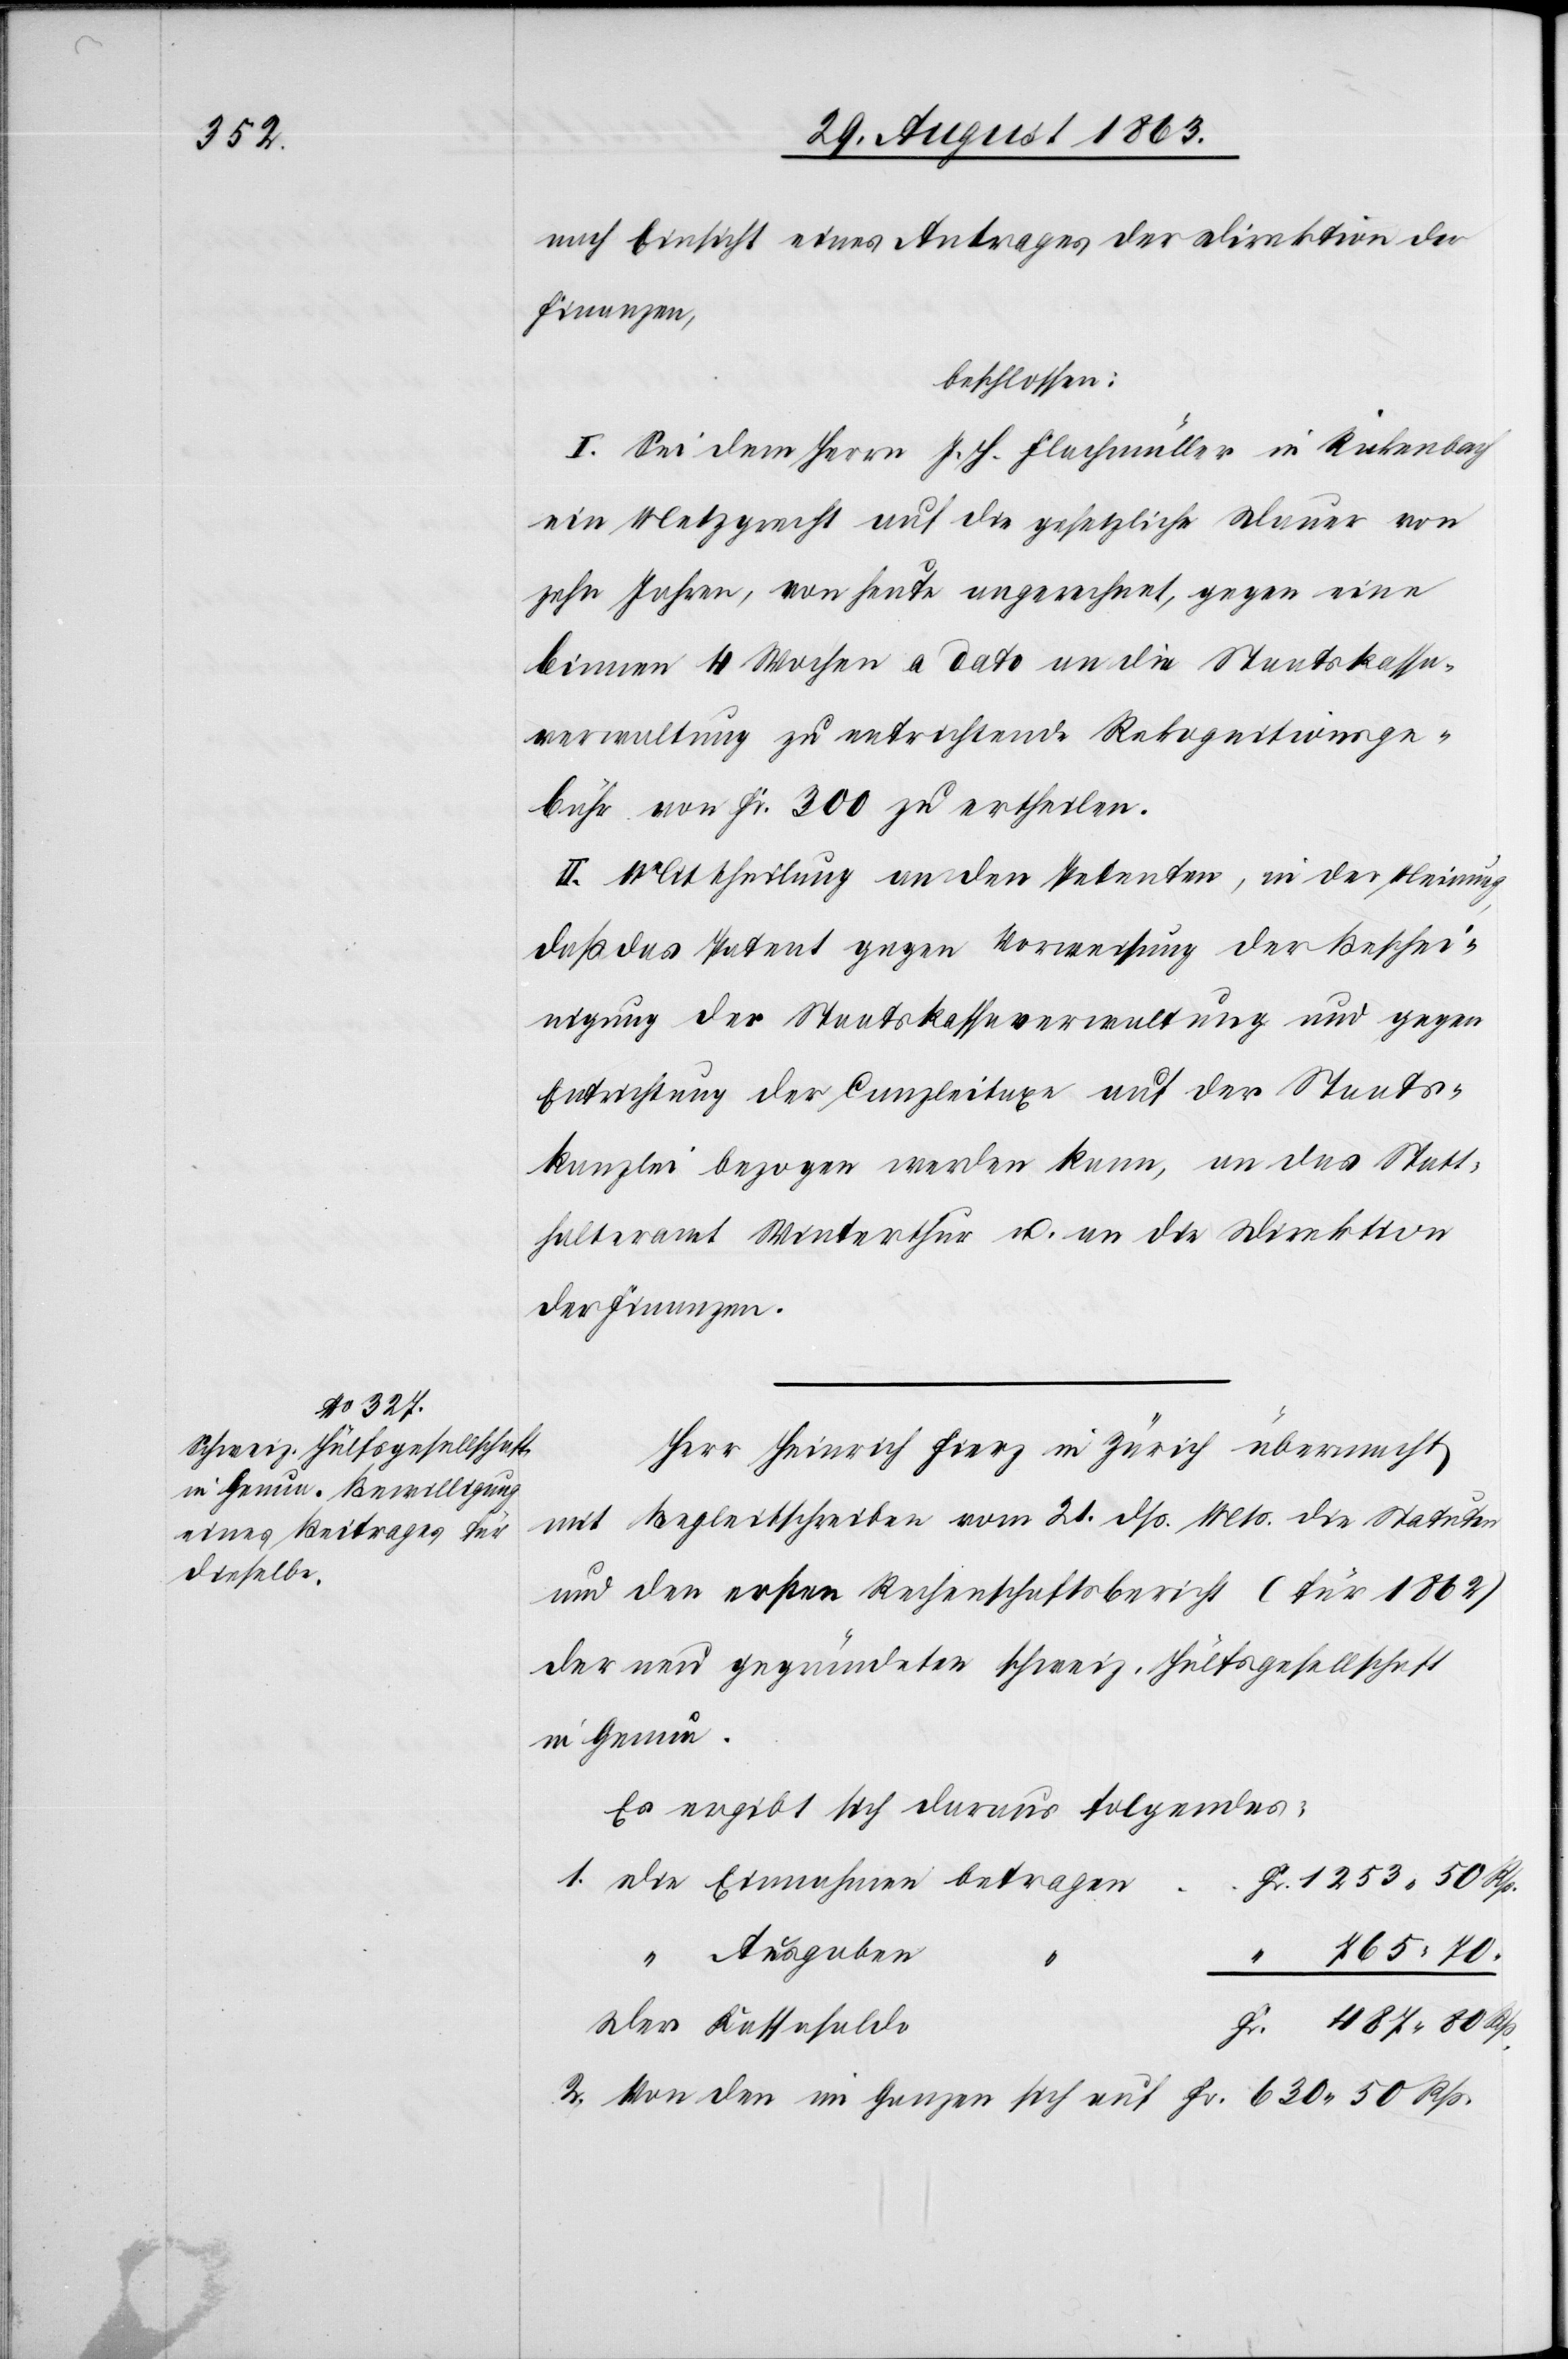
Fr.

nach Einsicht eines Antrages der Direktion der
Finanzen,
beschlossen:
I. Sei dem Herrn J. H. Flachmüller in Rickenbach
ein Metzgrecht auf die gesetzliche Dauer von
zehn Jahren, von heute angerechnet, gegen eine
binnen 4 Wochen a dato an die Staatskassa¬
verwaltung zu entrichtende Rekognitionsge¬
bühr von Fr. 300 zu ertheilen.
II. Mittheilung an den Petenten, in der Meinung,
daß das Patent gegen Vorweisung der Beschei¬
nigung der Staatskassaverwaltung und gegen
Entrichtung der Canzleitaxe auf der Staats¬
kanzlei bezogen werden kann, an das Statt¬
halteramt Winterthur u. an die Direktion
der Finanzen.
Herr Heinrich Fierz in Zürich übermacht
Begleitschreiben vom 21. dß. Mts. die Statuten
und den ersten Rechenschaftsbericht (für 1862)
der neu gegründeten schweiz. Hülfsgesellschaft
in Genua.
Es ergibt sich daraus folgendes:
Ausgaben
487. 80
1.
“
2. Von den im Ganzen sich auf Fr. 630. 50 Rp.